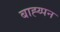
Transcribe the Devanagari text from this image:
बाह्य्पन